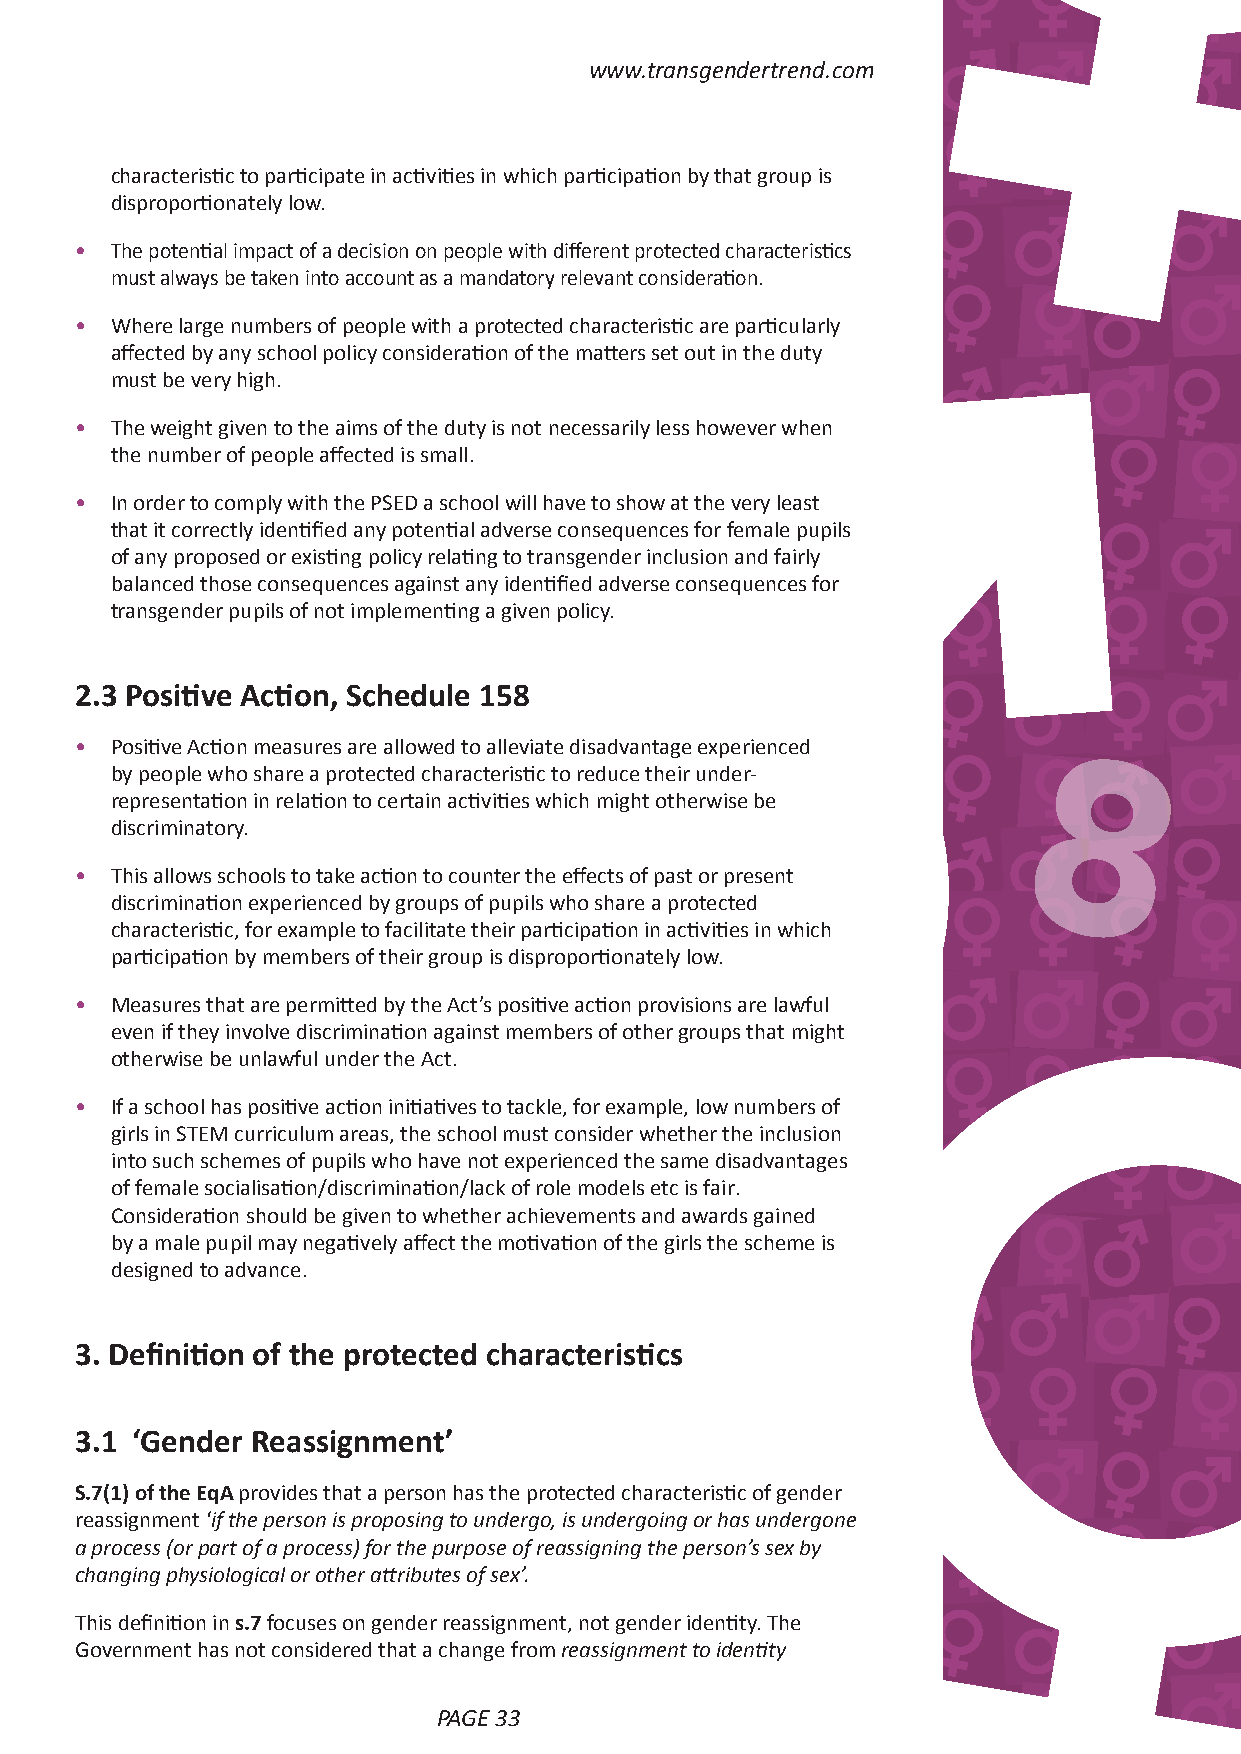
www.transgendertrend.com
 characteristic to participate in activities in which participation by that group is
 disproportionately low.
 • The potential impact of a decision on people with different protected characteristics
 must always be taken into account as a mandatory relevant consideration.
 • Where large numbers of people with a protected characteristic are particularly
 affected by any school policy consideration of the matters set out in the duty
 must be very high.
 • The weight given to the aims of the duty is not necessarily less however when
 the number of people affected is small.
 • In order to comply with the PSED a school will have to show at the very least
 that it correctly identified any potential adverse consequences for female pupils
 of any proposed or existing policy relating to transgender inclusion and fairly
 balanced those consequences against any identified adverse consequences for
 transgender pupils of not implementing a given policy.
 2.3 Positive Action, Schedule 158
 • Positive Action measures are allowed to alleviate disadvantage experienced
 by people who share a protected characteristic to reduce their under‑
 representation in relation to certain activities which might otherwise be
 discriminatory.                                           8
 • This allows schools to take action to counter the effects of past or present
 discrimination experienced by groups of pupils who share a protected
 characteristic, for example to facilitate their participation in activities in which
 participation by members of their group is disproportionately low.
 • Measures that are permitted by the Act’s positive action provisions are lawful
 even if they involve discrimination against members of other groups that might
 otherwise be unlawful under the Act.
 • If a school has positive action initiatives to tackle, for example, low numbers of
 girls in STEM curriculum areas, the school must consider whether the inclusion
 into such schemes of pupils who have not experienced the same disadvantages
 of female socialisation/discrimination/lack of role models etc is fair.
 Consideration should be given to whether achievements and awards gained
 by a male pupil may negatively affect the motivation of the girls the scheme is
 designed to advance.
 3. Definition of the protected characteristics
 3.1 ‘Gender Reassignment’
 S.7(1) of the EqA provides that a person has the protected characteristic of gender
 reassignment ‘if the person is proposing to undergo, is undergoing or has undergone
 a process (or part of a process) for the purpose of reassigning the person’s sex by
 changing physiological or other attributes of sex’.
 This definition in s.7 focuses on gender reassignment, not gender identity. The
 Government has not considered that a change from reassignment to identity
 PAGE 32                      PAGE 33